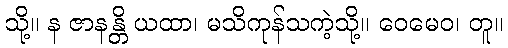
သို့။ န ဇာနန္တိ ယထာ၊ မသိကုန်သကဲ့သို့။ ဝေမေဝ၊ တူ။